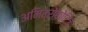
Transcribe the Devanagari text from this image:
अमित्रोकोटिज़